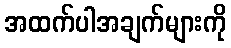
အထက်ပါအချက်များကို